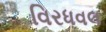
વિરધવલ